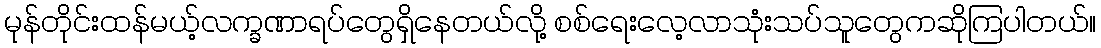
မုန်တိုင်းထန်မယ့်လက္ခဏာရပ်တွေရှိနေတယ်လို့ စစ်ရေးလေ့လာသုံးသပ်သူတွေကဆိုကြပါတယ်။